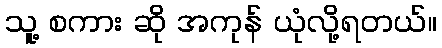
သူ့ စကား ဆို အကုန် ယုံလို့ရတယ်။